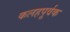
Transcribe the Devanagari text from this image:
कलहपूर्वक